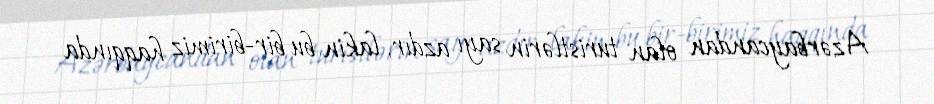
Azərbaycandan olan turistlərin sayı azdır, lakin bu bir-birimiz haqqında